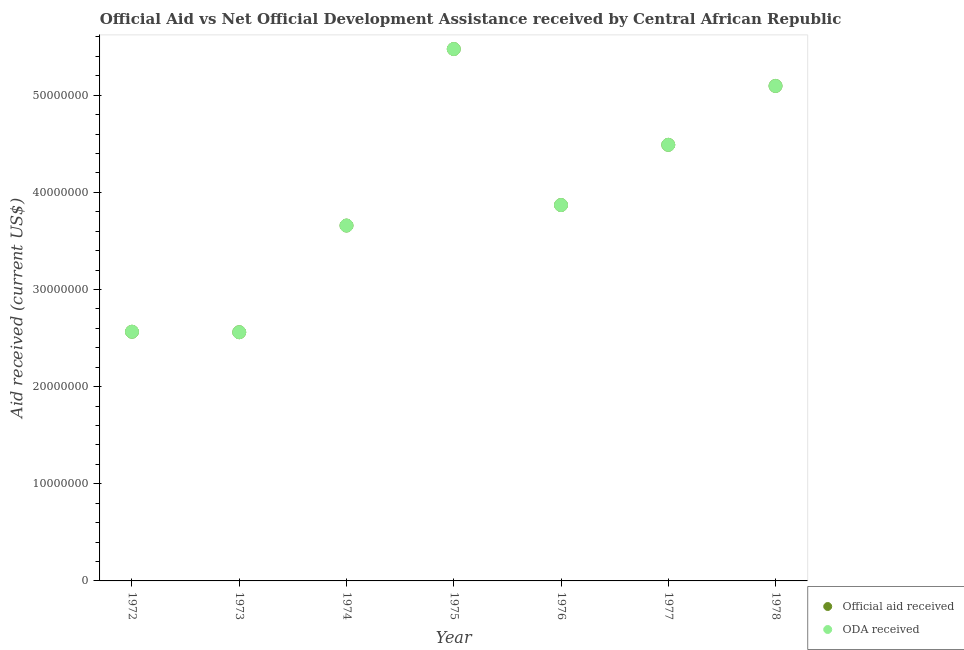
| Year | Official aid received | ODA received |
 | --- | --- | --- |
 | 1972 | 2.56e+07 | 2.56e+07 |
 | 1973 | 2.56e+07 | 2.56e+07 |
 | 1974 | 3.66e+07 | 3.66e+07 |
 | 1975 | 5.48e+07 | 5.48e+07 |
 | 1976 | 3.87e+07 | 3.87e+07 |
 | 1977 | 4.49e+07 | 4.49e+07 |
 | 1978 | 5.1e+07 | 5.1e+07 |